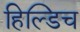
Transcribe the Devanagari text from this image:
हिल्डिच